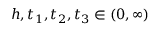
h , t _ { 1 } , t _ { 2 } , t _ { 3 } \in ( 0 , \infty )